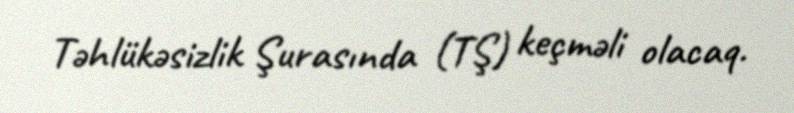
Təhlükəsizlik Şurasında (TŞ) keçməli olacaq.